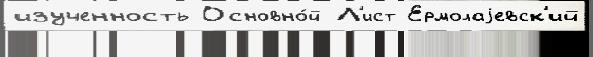
изученность Основно́й Л'ист Ермолаjевск'ий